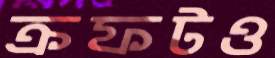
ক্রফটও